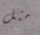
مثل